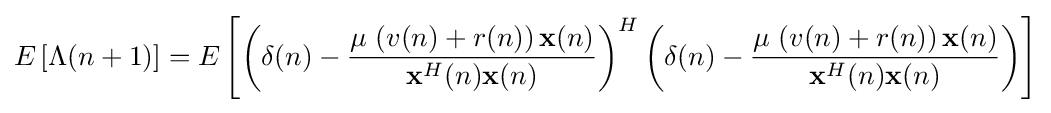
E\left[\Lambda (n+1)\right]=E\left[\left(\mathbf {\delta } (n)-{\frac {\mu \,\left(v(n)+r(n)\right)\mathbf {x} (n)}{\mathbf {x} ^{H}(n)\mathbf {x} (n)}}\right)^{H}\left(\mathbf {\delta } (n)-{\frac {\mu \,\left(v(n)+r(n)\right)\mathbf {x} (n)}{\mathbf {x} ^{H}(n)\mathbf {x} (n)}}\right)\right]